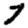
Digit: 7